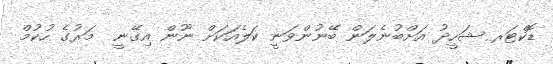
ޑޮކްޓަރ ޝަހީދު އަށްބުނެލަން ބޭނުންވަނީ ކަލެއަކަށް ނޫން އިގޭނީ  މަރުގެ ހުކުމް